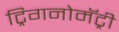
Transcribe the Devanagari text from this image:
ट्रिगनोमॅट्री